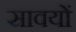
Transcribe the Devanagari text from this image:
सावयों